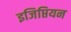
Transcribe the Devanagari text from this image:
इजिप्तियन